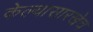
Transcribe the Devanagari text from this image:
केल्यासारखेच